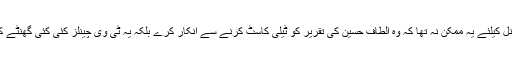
کراچی میں حالات اس قدر بدل چکے ہیں کہ اس سے قبل کسی بھی ٹی وی چینل کیلئے یہ ممکن نہ تھا کہ وہ الطاف حسین کی تقریر کو ٹیلی کاسٹ کرنے سے انکار کرے بلکہ یہ ٹی وی چینلز کئی کئی گھنٹے کے دورانیے کی تقاریر بغیر کسی چوں چراں کے ٹیلی کاسٹ کیا کرتے تھے۔